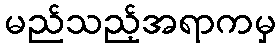
မည်သည့်အရာကမှ